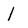
Character: I